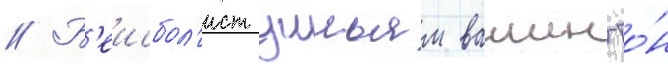
// Б'еисбол'ист уильям вашингто́н